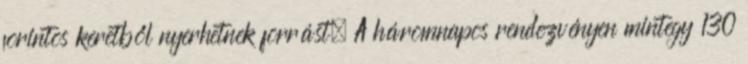
forintos keretből nyerhetnek forrást. A háromnapos rendezvényen mintegy 130